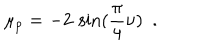
\mu _ { p } = - 2 \, \sin ( \frac { \pi } { 4 } \nu ) ~ ~ .